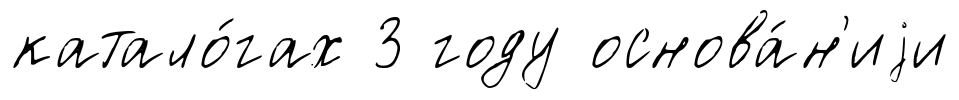
катало́гах 3 году основа́н'иjи